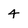
Character: 4